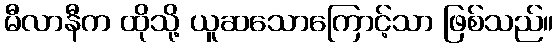
မီလာနီက ထိုသို့ ယူဆသောကြောင့်သာ ဖြစ်သည်။